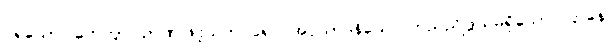
ပရိယောဂါဟေတွာ၊ ဉာဏ်ဖြင့်သက်ဝင်၍။ အပ္ပသာဒနိယေ၊ ကြည်ညိုဖွယ်မရှိသော။ ဌာနေ၊